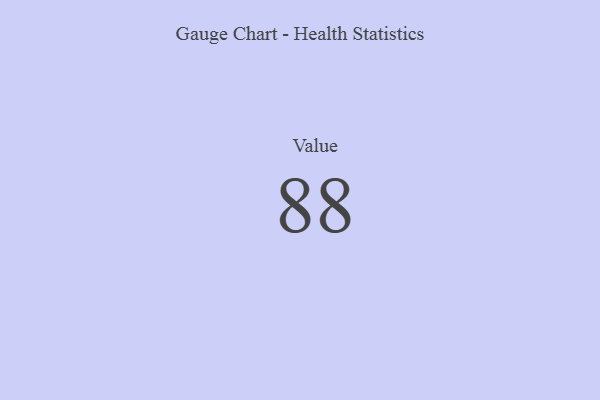
{"axis": {"x": "Metric", "y": "Value"}, "legend": [""], "data": [{"x": "Value", "y": 88, "type": ""}]}